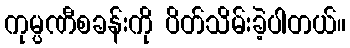
ကုမ္ပဏီစခန်းကို ပိတ်သိမ်းခဲ့ပါတယ်။